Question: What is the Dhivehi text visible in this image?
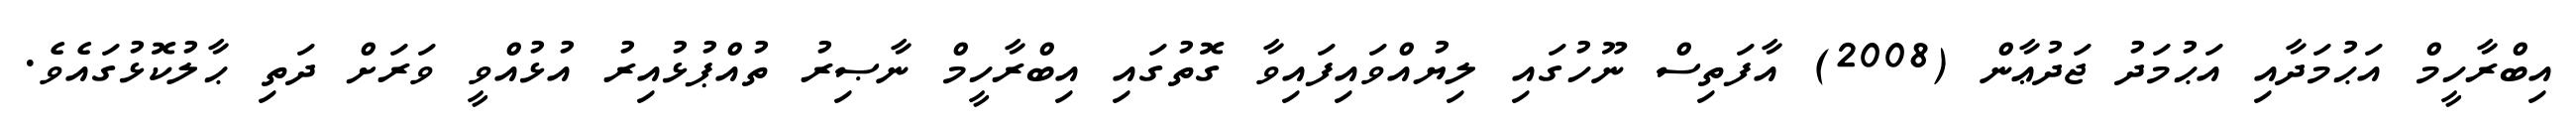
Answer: އިބްރާހީމް އަޙުމަދާއި އަޙުމަދު ޖަދުޢާން (2008) އާފަތިސް ނޫހުގައި ލިޔުއްވައިފައިވާ ގޮތުގައި އިބްރާހީމް ނާޞިރު ތުއްޕުޅުއިރު އުޅުއްވީ ވަރަށް ދަތި ޙާލުކޮޅުގައެވެ.